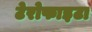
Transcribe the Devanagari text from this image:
टेरोफाइटा